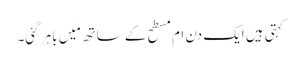
کہتی ہیں ایک دن ام مسطح کے ساتھ مَیں باہر گئی۔